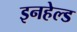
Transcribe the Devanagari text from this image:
इनहेल्ड